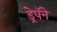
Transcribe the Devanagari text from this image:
ड्रेपॅने